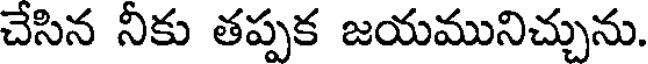
చేసిన నీకు తప్పక జయమునిచ్చును.